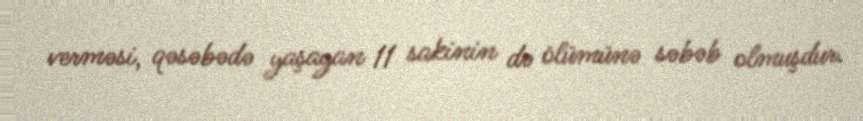
verməsi, qəsəbədə yaşayan 11 sakinin də ölümünə səbəb olmuşdur.